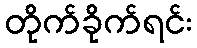
တိုက်ခိုက်ရင်း